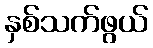
နှစ်သက်ဖွယ်